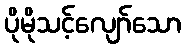
ပိုမိုသင့်လျော်သော